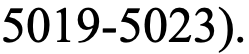
5019-5023).